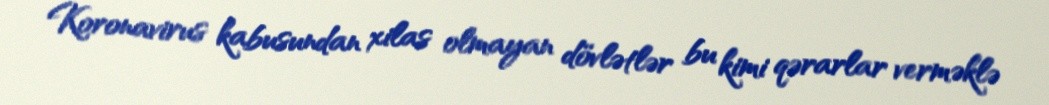
Koronavirus kabusundan xilas olmayan dövlətlər bu kimi qərarlar verməklə